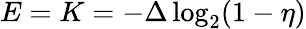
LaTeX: E=K=-\Delta\log_{2}(1-\eta)